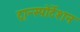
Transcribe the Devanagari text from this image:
ट्रान्स्पोर्टेशन